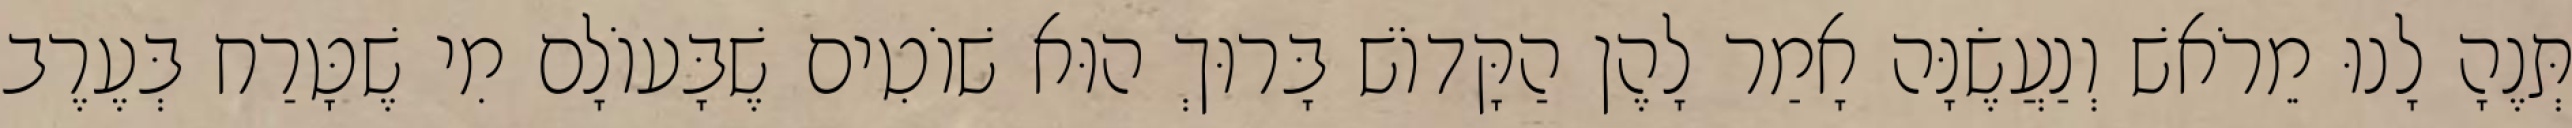
תְּנֶהָ לָנוּ מֵרֹאשׁ וְנַעֲשֶׂנָּה אָמַר לָהֶן הַקָּדוֹשׁ בָּרוּךְ הוּא שׁוֹטִים שֶׁבָּעוֹלָם מִי שֶׁטָּרַח בְּעֶרֶב